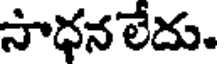
సాధన లేదు.